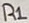
Text: R1